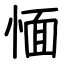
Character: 愐